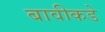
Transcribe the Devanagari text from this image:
बावीकडे